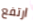
ارتفع